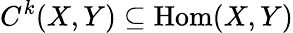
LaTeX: C^{k}(X,Y)\subseteq{\mathrm{Hom}}(X,Y)